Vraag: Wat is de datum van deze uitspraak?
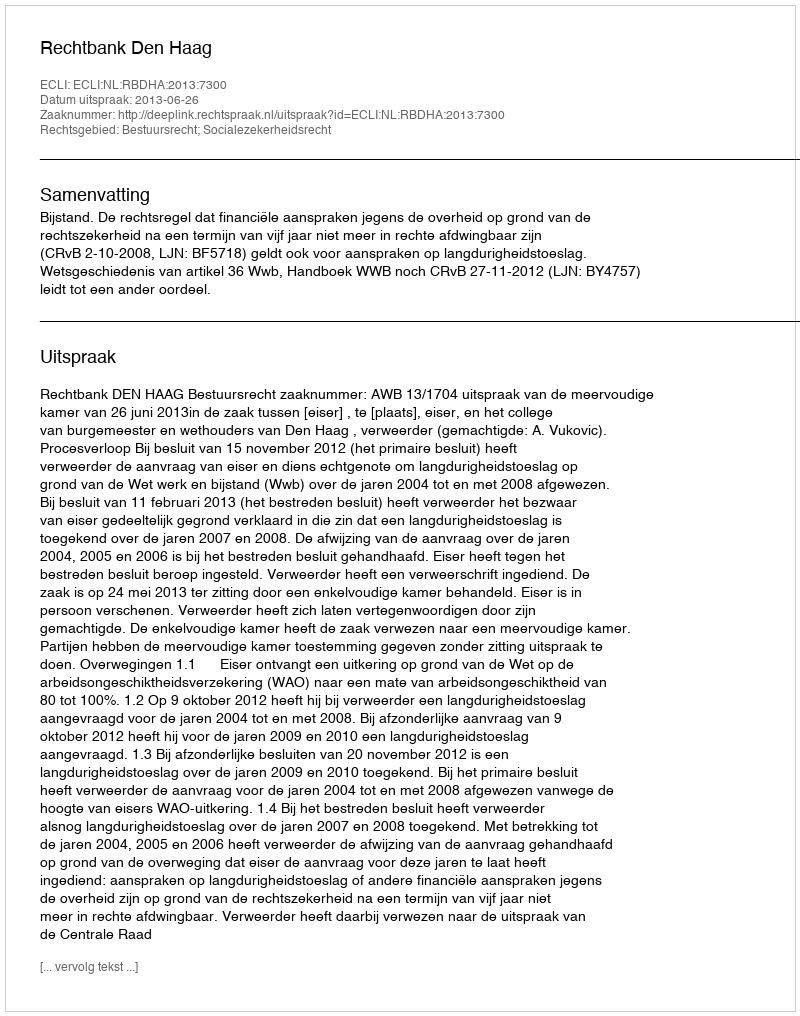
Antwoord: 2013-06-26